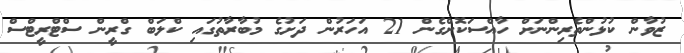
ޒުވާން ކުޅުންތެރިންނަށް ހާއްސަކޮށްގެން 21 އަހަރުން ދަށުގެ މުބާރާތުގައި ކްލަބް ގްރީން ސްޓްރީޓްސް